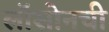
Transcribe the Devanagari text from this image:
लॉसोनची